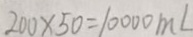
2 0 0 \times 5 0 = 1 0 0 0 0 m L